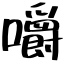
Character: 嚼